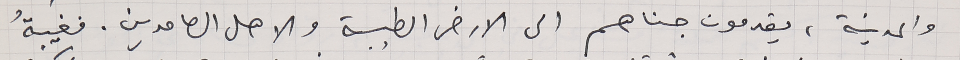
والمدينة، يقدمون جناهم الى الارض الطيبة والاهل الصامدين. فغيبةُ